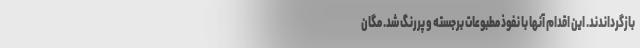
بازگرداندند. این اقدام آنها با نفوذ مطبوعات برجسته و پررنگ شد. مگان